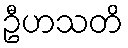
ဦဟသတိ